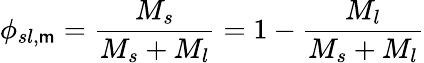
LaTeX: \phi_{sl,\mathsf{m}}={\frac{{M_{s}}}{{M_{s}+M_{l}}}}=1-{\frac{{M_{l}}}{{M_{s}+M_{l}}}}